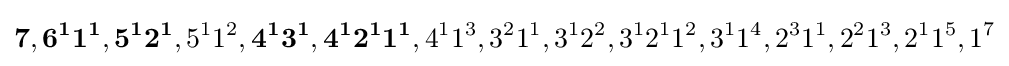
\mathbf {7} ,\mathbf {6^{1}1^{1}} ,\mathbf {5^{1}2^{1}} ,5^{1}1^{2},\mathbf {4^{1}3^{1}} ,\mathbf {4^{1}2^{1}1^{1}} ,4^{1}1^{3},3^{2}1^{1},3^{1}2^{2},3^{1}2^{1}1^{2},3^{1}1^{4},2^{3}1^{1},2^{2}1^{3},2^{1}1^{5},1^{7}